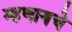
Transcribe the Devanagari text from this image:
म्‍हणायचे